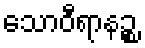
သောဝီရာနဉ္စ